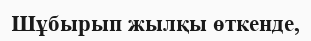
Шұбырып жылқы өткенде,